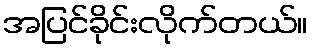
အပြင်ခိုင်းလိုက်တယ်။